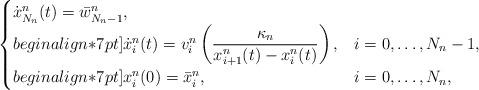
LaTeX: \begin{align*}\begin{cases} \dot x_{N_n}^n(t) = \bar{w}_{N_n-1}^n ,\\begin{align*}7pt] \dot x_i^n(t) = v_i^n \left(\dfrac{\kappa_n}{x_{i+1}^n(t) - x_i^n(t)}\right) , & i=0, \ldots, N_n-1 ,\\begin{align*}7pt] x_i^n(0) = \bar{x}_i^n , & i=0, \ldots, N_n ,\end{cases}\end{align*}